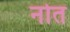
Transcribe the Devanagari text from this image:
नोत